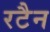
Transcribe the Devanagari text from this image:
रटैन